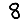
Digit: 8